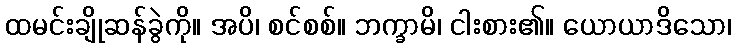
ထမင်းချိုဆန်ခွဲကို။ အပိ၊ စင်စစ်။ ဘက္ခာမိ၊ ငါးစား၏။ ယောယာဒိသော၊